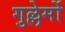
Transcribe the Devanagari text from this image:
गुल्लेर्मो